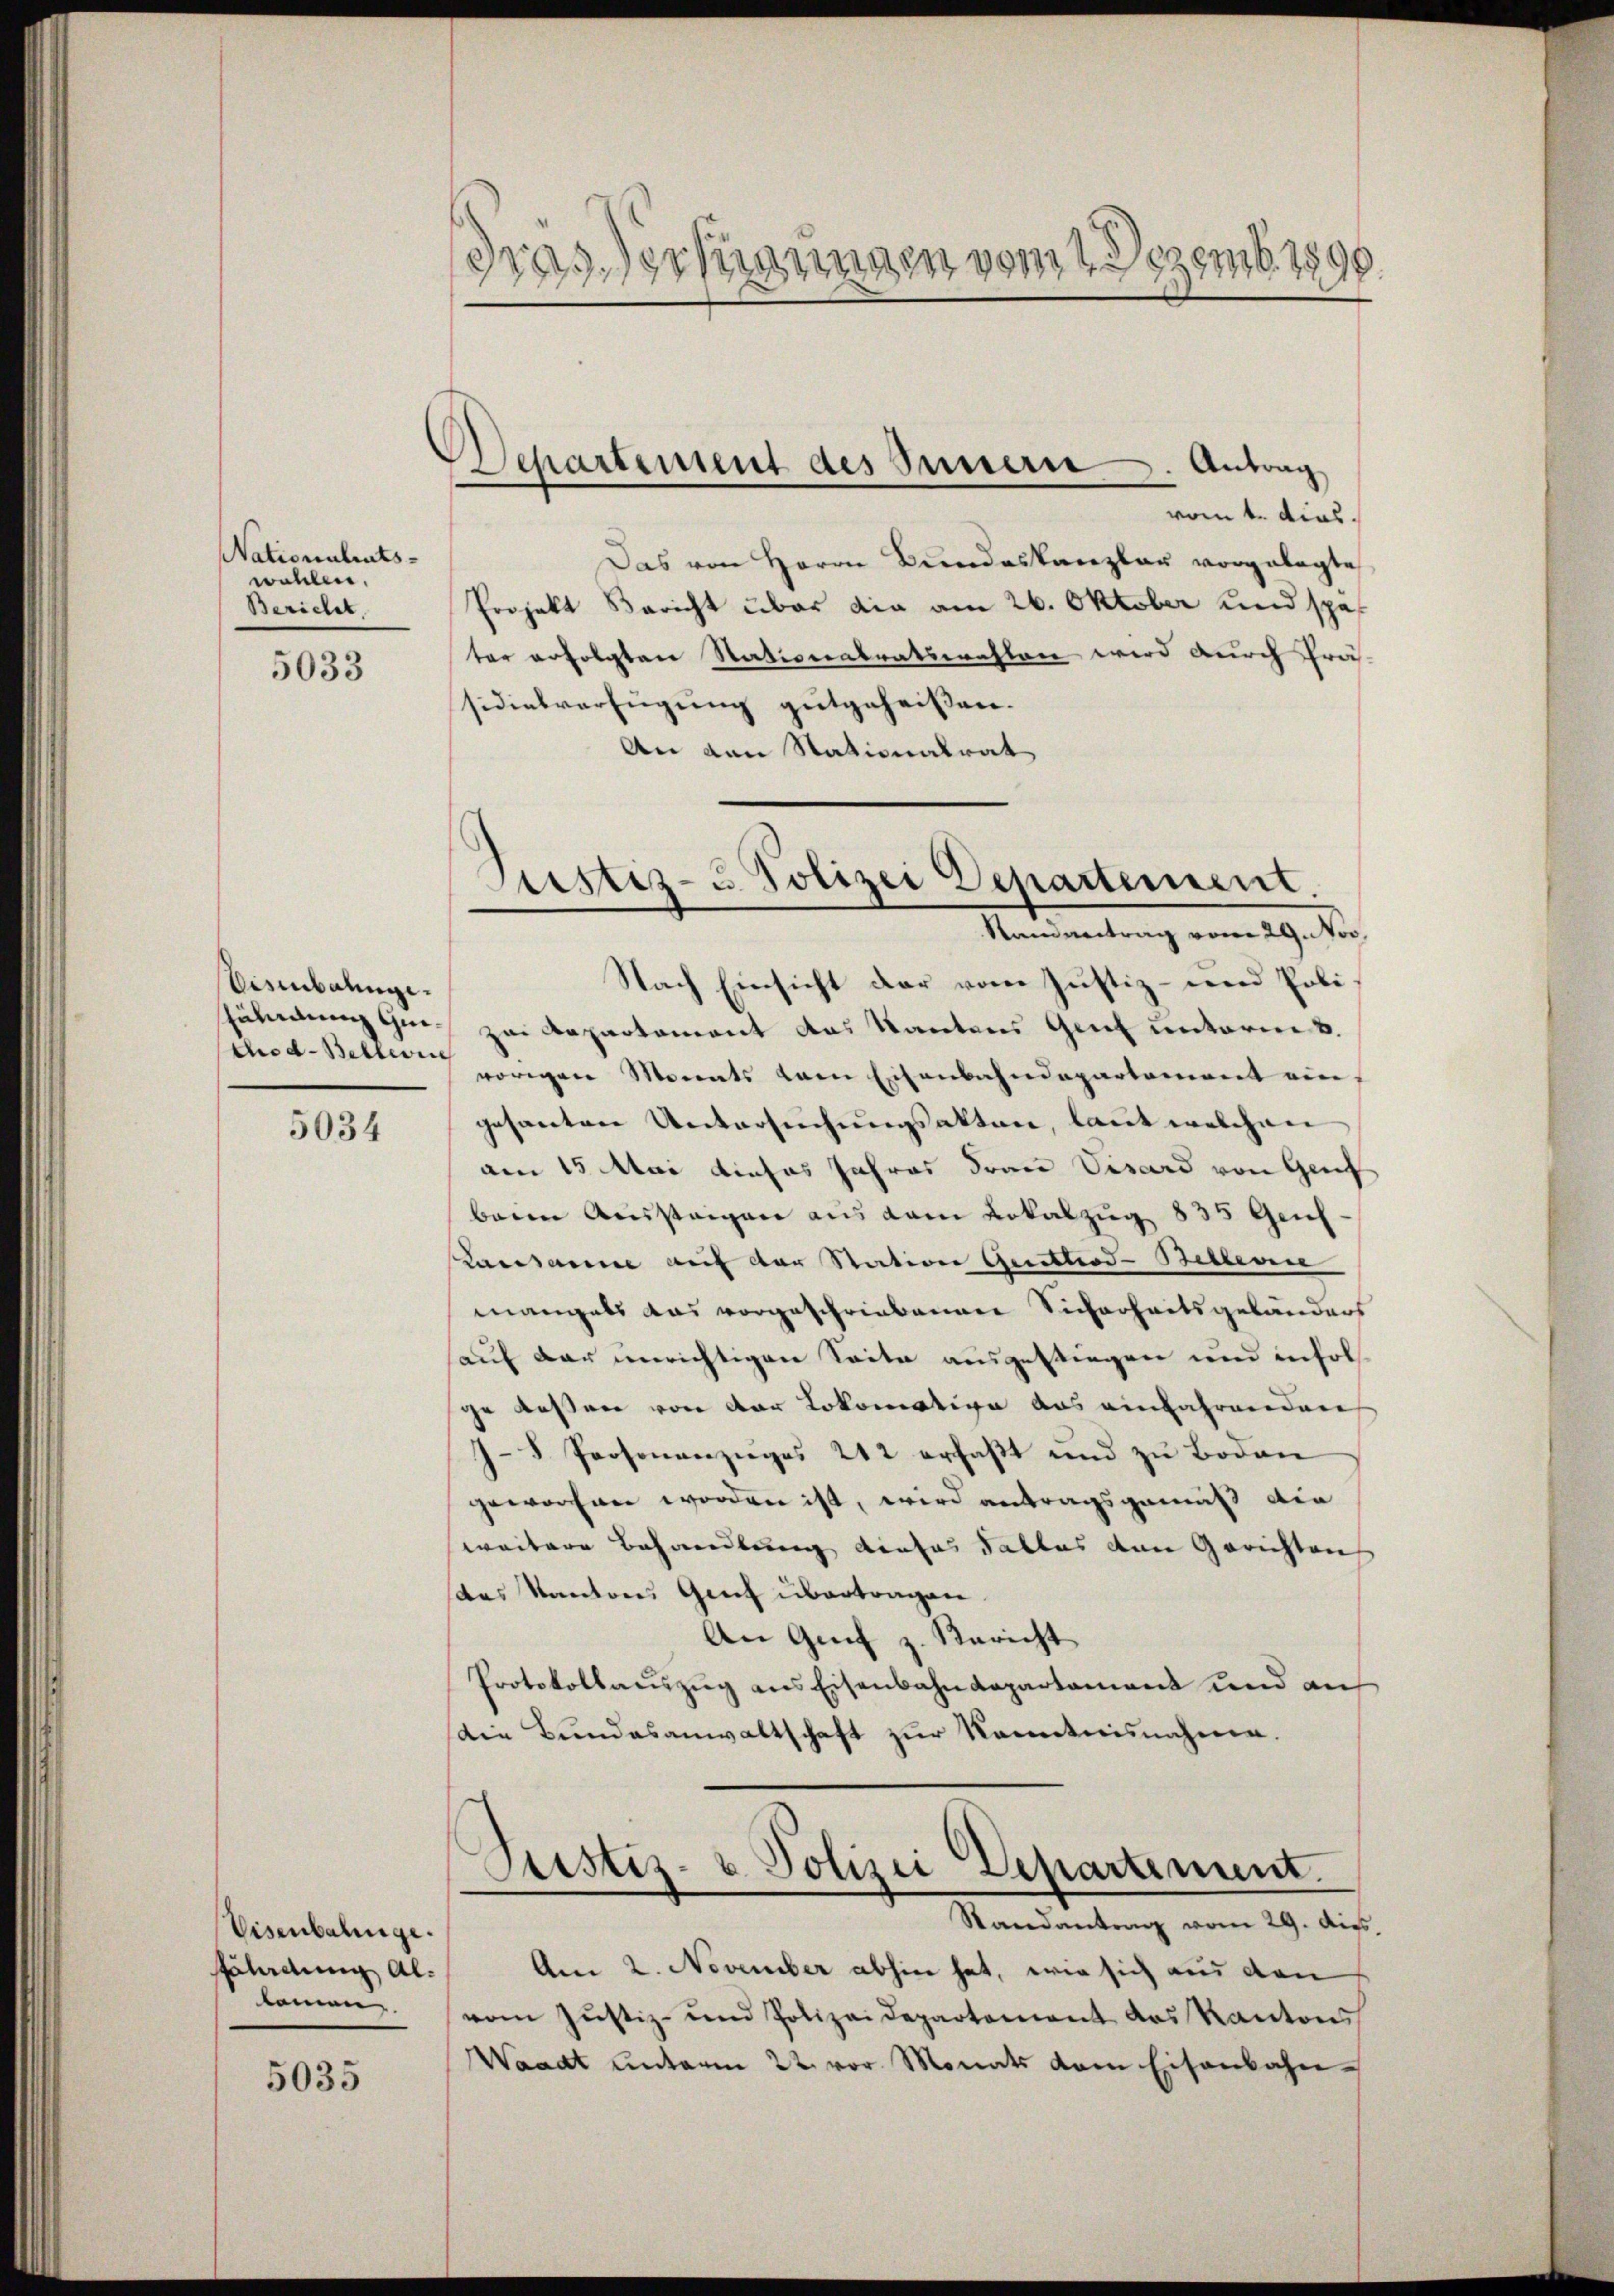
Nationalrats-
wollen.
Bericht.
5033

Eisenbahnge.
chod-Bellweis

5034

Visenbalinge.
fährdung Al.
kamen,

5035

drassermanngen vom 2 Dezemb. 1890.

Departement des Innern. Antrag

vom 4. dies
Das von Herrn Bundeskanzlar vorgelegte
Projekt Bericht über die am 26. Oktober und später erfolgten Nationalratswahlen wird durch Prä-
sidialverfügung gutgeheißen.
An den Stationalrat
Nach Einsicht der vom Justiz- und Poli¬
Eähmung ihm zu Repartament das Kantons Genf unterm 8.
vorigen Monats vom Eisenbahndepartement ein
gesanten Untersuchungsakten, laut welchen |
am 15. Mai dieses Jahres dran Visard von Geis
baren Aussteigen aus dem Lokalzug 835 Genf¬
Landsamme auf der Station Gerttiod-Bellerin
mangels aus vorgeschriebenen Sicherheitsgebäuders
auf der unrichtigen Seite ausgestiegen und infol
ge dessen von der Lokomotive aus einfahrenden
7-5 Personenzuges 212 erfaßt und zu Boden
geworfen worden ist, wird antragsgemäß die
weitere Behandlung dieses Falles den Gerichten
das Kantons Genf übertragen.
An Genf z. Bericht
Protokollauszug aus Eisenbahndepartament und auf
die Bundesanwaltschaft zur Kenntnisnahme.

Prettiz- & Polizei Departement.
Standvertrag vom 29. Nov.

Justiz- & Polizei Departement.

Randantrag vom 29. Aug.
Am 2. November abhin hat, wie sich aus den
vom Justiz- und Polizeidepartement das Kantons
Waadt unterm 22. vor Monats dem Eisenbahn-